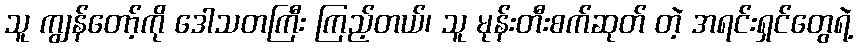
သူ ကျွန်တော့်ကို ဒေါသတကြီး ကြည့်တယ်၊ သူ မုန်းတီးစက်ဆုတ် တဲ့ အရင်းရှင်တွေရဲ့